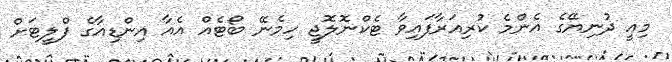
މިއީ ދުނިޔޭގެ އެންމެ ކުރިއަރާފައިވާ ޓެކްނޮލޮޖީ ހިމެނޭ ބޯޓެއް އެއާ އިންޑިއާގެ ފްލީޓަށް